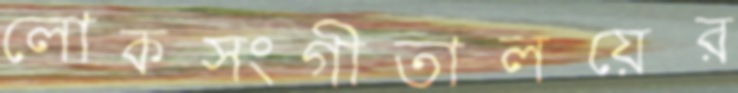
লোকসংগীতালয়ের